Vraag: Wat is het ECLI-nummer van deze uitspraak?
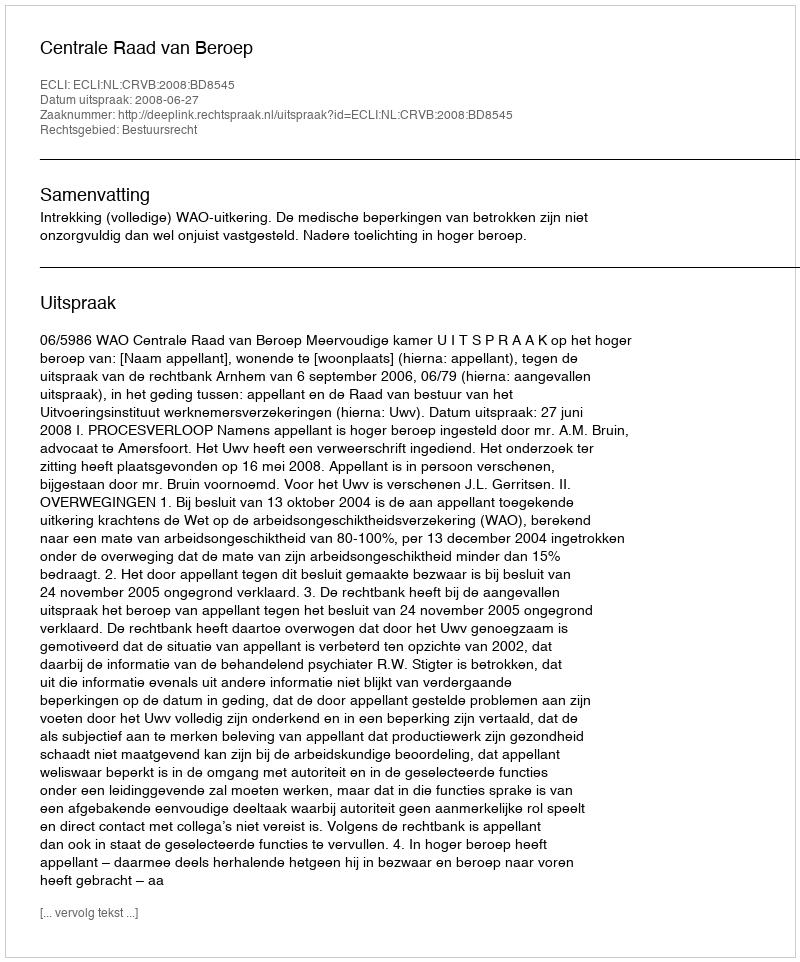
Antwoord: ECLI:NL:CRVB:2008:BD8545